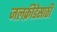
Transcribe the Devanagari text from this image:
जलक्रीडेसाठी